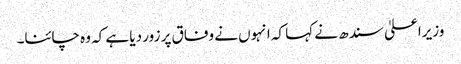
وزیراعلیٰ سندھ نے کہا کہ انہوں نے وفاق پر زور دیا ہے کہ وہ چائنا۔